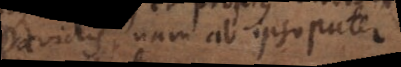
Davidis, nam ab ipso pater